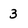
Character: 3